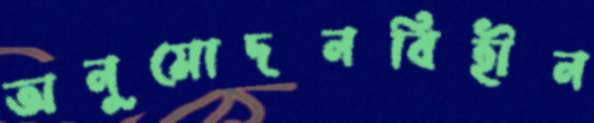
অনুমোদনবিহীন